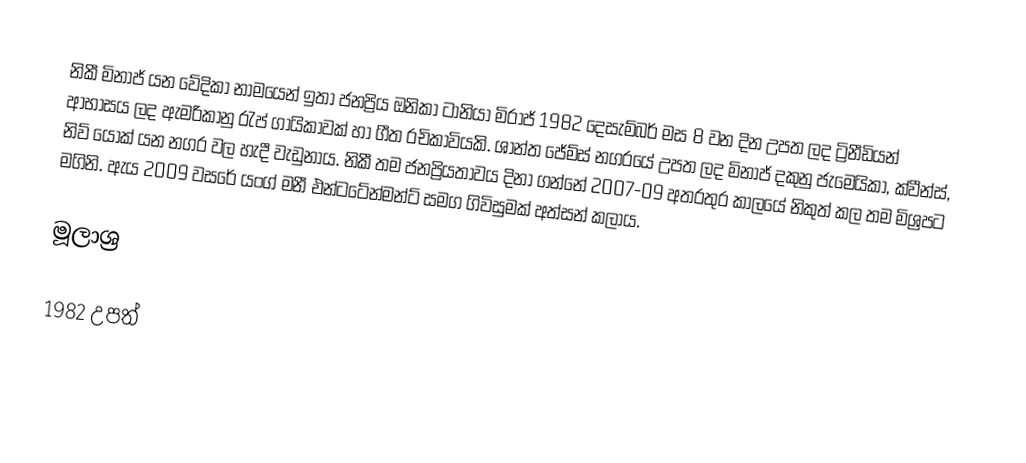
නිකී මිනාජ් යන වේදිකා නාමයෙන් ඉතා ජනප්‍රිය ඔනිකා ටානියා මිරාජ් 1982 දෙසැම්බර් මස 8 වන දින උපත ලද ට්‍රිනීඩියන් ආභාසය ලද ඇමරිකානු රැප් ගායිකාවක් හා ගීත රචිකාවියකි. ශාන්ත ජේම්ස් නගරයේ උපත ලද මිනාජ් දකුනු ජැමෙයිකා, ක්වීන්ස්, නිව් යෝක් යන නගර වල හැදී වැඩුනාය. නිකී තම ජනප්‍රියතාවය දිනා ගන්නේ 2007-09 අතරතුර කාලයේ නිකුත් කල තම මිශ්‍රපට මගිනි. ඇය 2009 වසරේ යංග් මනී එන්ටටේන්මන්ට් සමග ගිවිසුමක් අත්සන් කලාය.

මූලාශ්‍ර

1982 උපත්